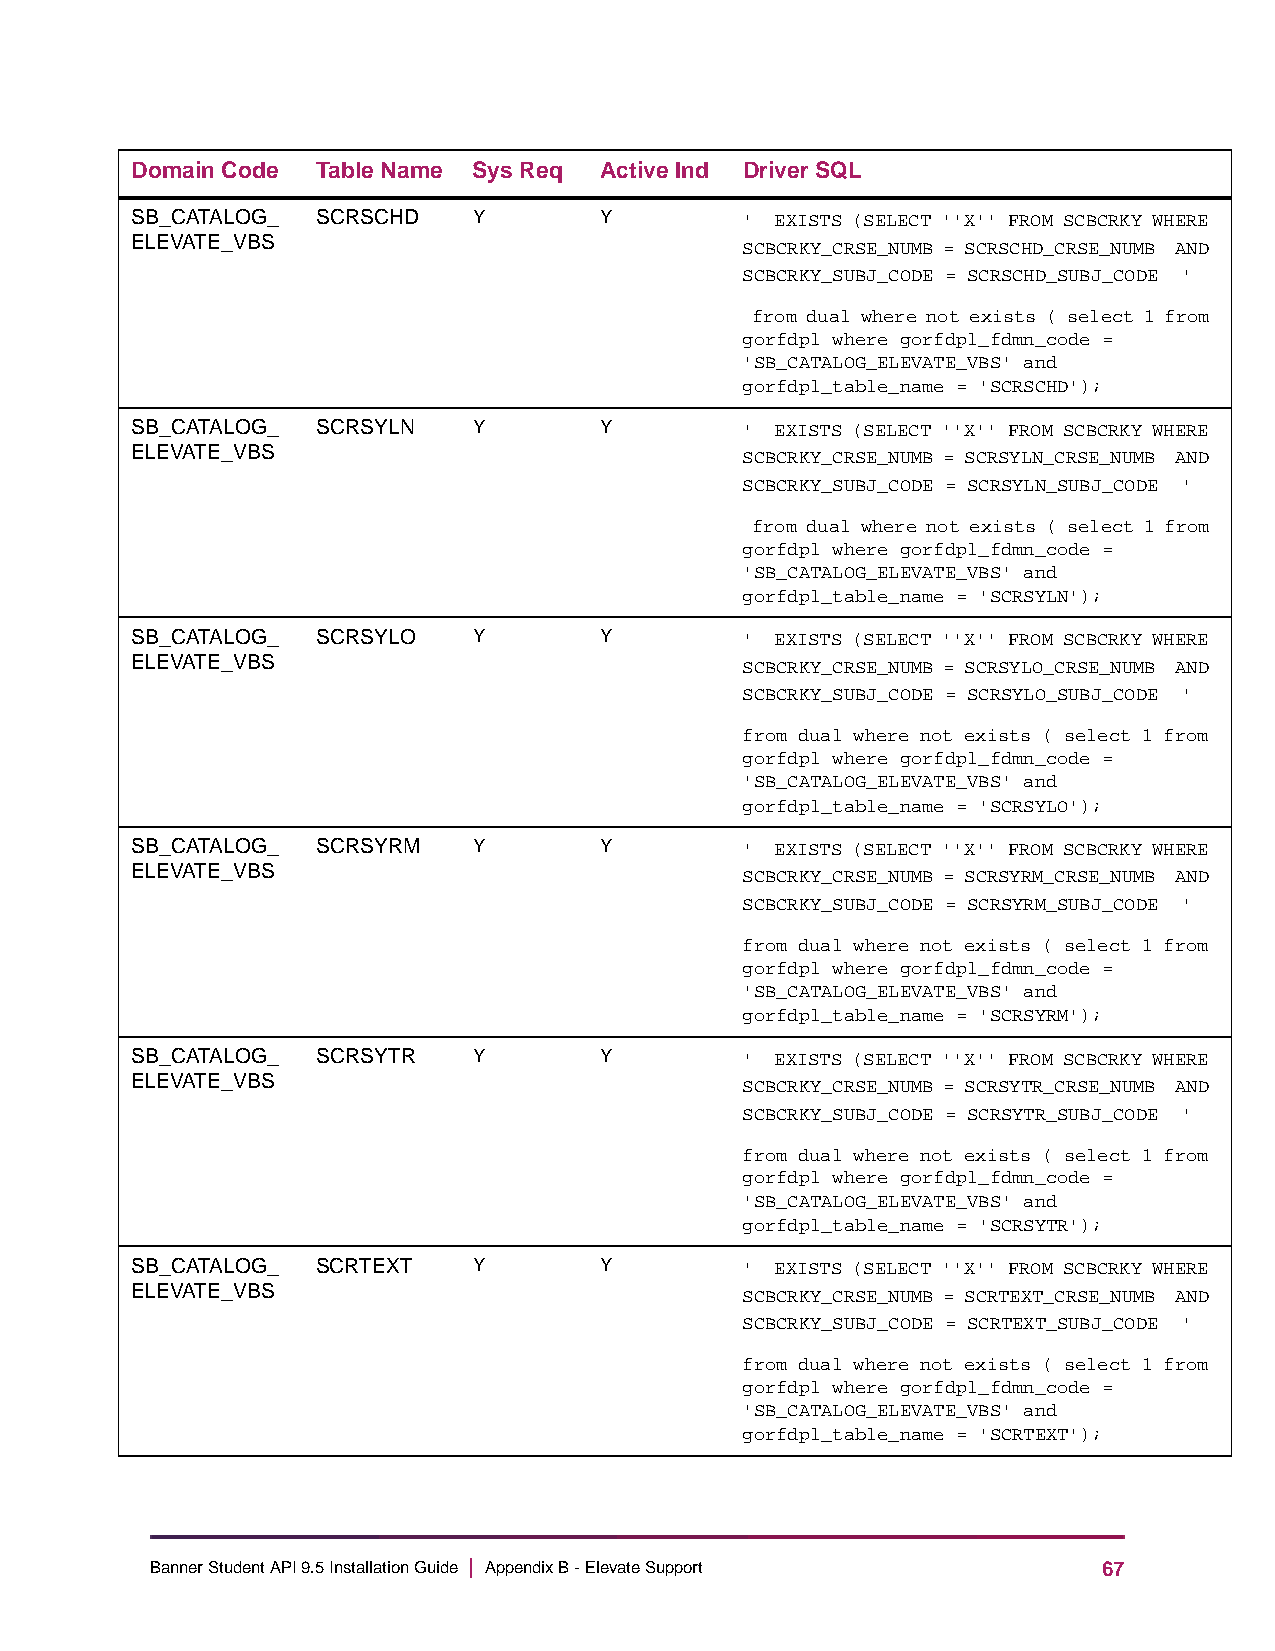
Domain Code Table Name Sys Req Active Ind Driver SQL
 SB_CATALOG_ SCRSCHD   Y        Y        ' EXISTS (SELECT ''X'' FROM SCBCRKY WHERE
 ELEVATE_VBS                             SCBCRKY_CRSE_NUMB = SCRSCHD_CRSE_NUMB AND
 SCBCRKY_SUBJ_CODE = SCRSCHD_SUBJ_CODE '
 from dual where not exists ( select 1 from
 gorfdpl where gorfdpl_fdmn_code =
 'SB_CATALOG_ELEVATE_VBS' and
 gorfdpl_table_name = 'SCRSCHD');
 SB_CATALOG_ SCRSYLN   Y        Y        ' EXISTS (SELECT ''X'' FROM SCBCRKY WHERE
 ELEVATE_VBS                             SCBCRKY_CRSE_NUMB = SCRSYLN_CRSE_NUMB AND
 SCBCRKY_SUBJ_CODE = SCRSYLN_SUBJ_CODE '
 from dual where not exists ( select 1 from
 gorfdpl where gorfdpl_fdmn_code =
 'SB_CATALOG_ELEVATE_VBS' and
 gorfdpl_table_name = 'SCRSYLN');
 SB_CATALOG_ SCRSYLO   Y        Y        ' EXISTS (SELECT ''X'' FROM SCBCRKY WHERE
 ELEVATE_VBS                             SCBCRKY_CRSE_NUMB = SCRSYLO_CRSE_NUMB AND
 SCBCRKY_SUBJ_CODE = SCRSYLO_SUBJ_CODE '
 from dual where not exists ( select 1 from
 gorfdpl where gorfdpl_fdmn_code =
 'SB_CATALOG_ELEVATE_VBS' and
 gorfdpl_table_name = 'SCRSYLO');
 SB_CATALOG_ SCRSYRM   Y        Y        ' EXISTS (SELECT ''X'' FROM SCBCRKY WHERE
 ELEVATE_VBS                             SCBCRKY_CRSE_NUMB = SCRSYRM_CRSE_NUMB AND
 SCBCRKY_SUBJ_CODE = SCRSYRM_SUBJ_CODE '
 from dual where not exists ( select 1 from
 gorfdpl where gorfdpl_fdmn_code =
 'SB_CATALOG_ELEVATE_VBS' and
 gorfdpl_table_name = 'SCRSYRM');
 SB_CATALOG_ SCRSYTR   Y        Y        ' EXISTS (SELECT ''X'' FROM SCBCRKY WHERE
 ELEVATE_VBS                             SCBCRKY_CRSE_NUMB = SCRSYTR_CRSE_NUMB AND
 SCBCRKY_SUBJ_CODE = SCRSYTR_SUBJ_CODE '
 from dual where not exists ( select 1 from
 gorfdpl where gorfdpl_fdmn_code =
 'SB_CATALOG_ELEVATE_VBS' and
 gorfdpl_table_name = 'SCRSYTR');
 SB_CATALOG_ SCRTEXT   Y        Y        ' EXISTS (SELECT ''X'' FROM SCBCRKY WHERE
 ELEVATE_VBS                             SCBCRKY_CRSE_NUMB = SCRTEXT_CRSE_NUMB AND
 SCBCRKY_SUBJ_CODE = SCRTEXT_SUBJ_CODE '
 from dual where not exists ( select 1 from
 gorfdpl where gorfdpl_fdmn_code =
 'SB_CATALOG_ELEVATE_VBS' and
 gorfdpl_table_name = 'SCRTEXT');
 Banner Student API 9.5 Installation Guide | Appendix B - Elevate Support 67